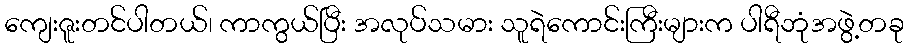
ကျေးဇူးတင်ပါတယ်၊ ကာကွယ်ပြီး အလုပ်သမား သူရဲကောင်းကြီးများက ပါရီဘုံအဖွဲ့တခု